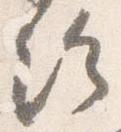
給